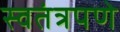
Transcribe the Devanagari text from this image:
स्‍वतंत्रपणे